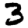
Digit: 3